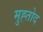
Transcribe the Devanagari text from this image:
मुह्तोद